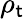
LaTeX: \rho_{\mathsf{t}}